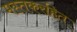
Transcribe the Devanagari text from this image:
मस्तकरहित